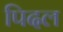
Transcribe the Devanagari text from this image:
पिदल